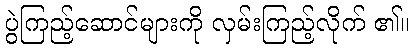
ပွဲကြည့်ဆောင်များကို လှမ်းကြည့်လိုက် ၏။